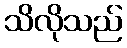
သိလိုသည်